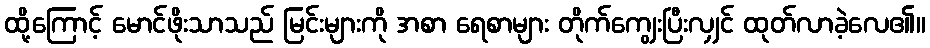
ထို့ကြောင့် မောင်ဖိုးသာသည် မြင်းများကို အစာ ရေစာများ တိုက်ကျွေးပြီးလျှင် ထုတ်လာခဲ့လေ၏။